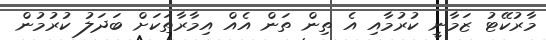
މާރުކޭޓު ޒަމާނީ ކުރުމާއި އެ ތިން ތަން އެއް އިމާރާތަކަށް ބަދަލު ކުރުމުން